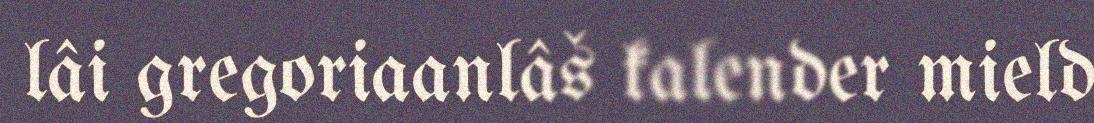
lâi gregoriaanlâš kalender mield